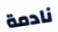
نادمة